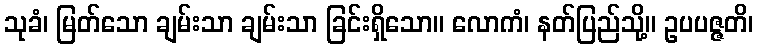
သုခံ၊ မြတ်သော ချမ်းသာ ချမ်းသာ ခြင်းရှိသော။ လောကံ၊ နတ်ပြည်သို့။ ဥပပဇ္ဇတိ၊